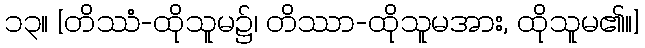
၁၃။ [တိဿံ-ထိုသူမ၌၊ တိဿာ-ထိုသူမအား, ထိုသူမ၏။]